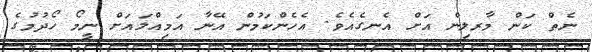
ނެތް ކަން މާރލިން އަށް އެނގެއެވެ. އެހެންކަމުން އޭނާ އަމިއްލައަށް ނީމޯ ހޯދުމުގެ